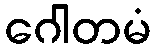
ဂေါတမံ